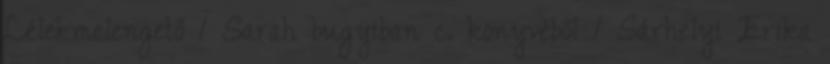
Lélekmelengető 1 Sarah bugyiban c. könyvéből 1 Sárhelyi Erika